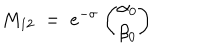
M _ { 1 2 } \; = \; e ^ { - \sigma } \; { \binom { \alpha _ { 0 } } { \beta _ { 0 } } }